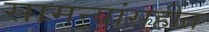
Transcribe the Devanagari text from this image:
सामन्यांसहीत